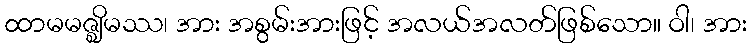
ထာမမဇ္ဈိမဿ၊ အား အစွမ်းအားဖြင့် အလယ်အလတ်ဖြစ်သော။ ဝါ၊ အား